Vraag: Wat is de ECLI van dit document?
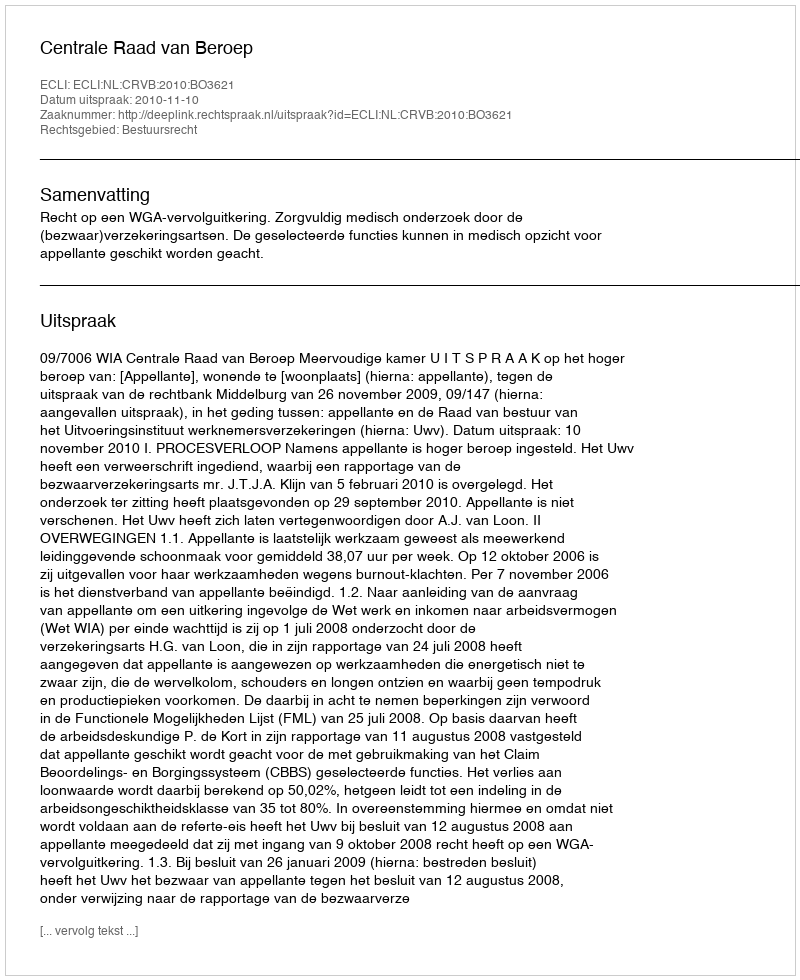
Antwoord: ECLI:NL:CRVB:2010:BO3621